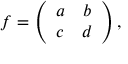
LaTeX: f = \left( \begin{array} { c c } { { a } } & { { b } } \\ { { c } } & { { d } } \end{array} \right) ,